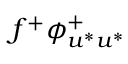
f ^ { + } \phi _ { u ^ { * } u ^ { * } } ^ { + }